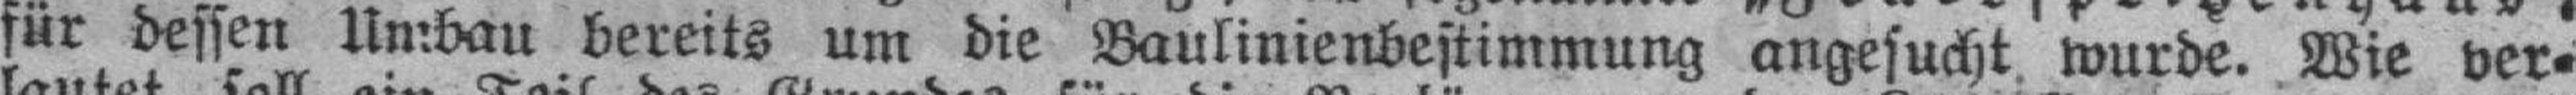
für dessen Umbau bereits um die Baulinienbestimmung angesucht wurde. Wie ver¬